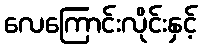
လေကြောင်းလိုင်းနှင့်